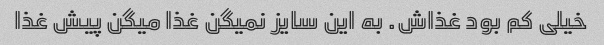
خیلی کم بود غذاش. به این سایز نمیگن غذا میگن پیش غذا